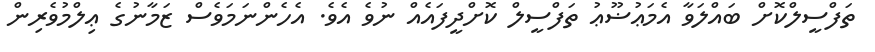
ތަފްސީލްކޮށް ބައްލަވާ އެމަޢުޟޫޢު ތަފްސީލް ކޮށްދީފައެއް ނުވެ އެވެ. އެހެންނަމަވެސް ޒަމާނުގެ ޢިލްމުވެރިން